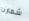
شعارنا